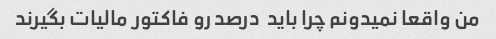
من واقعا نمیدونم چرا باید  درصد رو فاکتور مالیات بگیرند